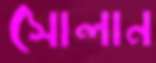
সোলান